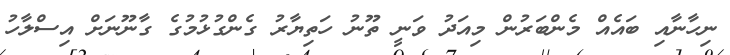
ނިހާނާއި ބައެއް މެންބަރުން މިއަދު ވަނީ ތޫނު ހަތިޔާރު ގެންގުޅުމުގެ ގާނޫނަށް އިސްލާހު